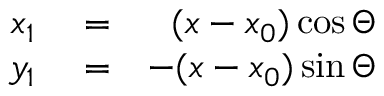
\begin{array} { r l r } { x _ { 1 } } & { { } = } & { ( x - x _ { 0 } ) \cos \Theta } \\ { y _ { 1 } } & { { } = } & { - ( x - x _ { 0 } ) \sin \Theta } \end{array}